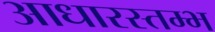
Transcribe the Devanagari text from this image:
आधारस्तम्भ